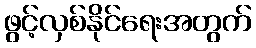
ဖွင့်လှစ်နိုင်ရေးအတွက်